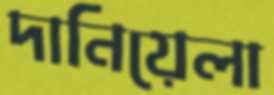
দানিয়েলা